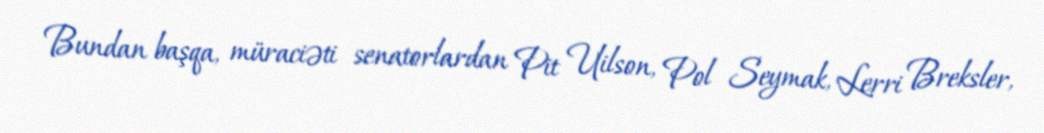
Bundan başqa, müraciəti senatorlardan Pit Uilson, Pol Seymak, Lerri Breksler,